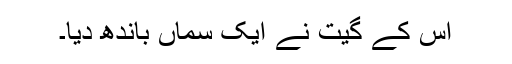
اس کے گیت نے ایک سماں باندھ دیا۔